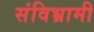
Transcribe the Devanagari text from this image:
संविभ्रामी